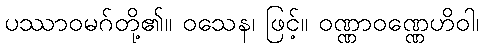
ပဿာဝမဂ်တို့၏။ ဝသေန၊ ဖြင့်။ ဝဏ္ဏာဝဏ္ဏေဟိဝါ၊